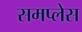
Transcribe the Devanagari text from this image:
समप्लेस